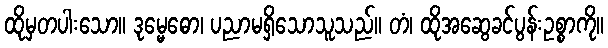
ထိုမှတပါးသော။ ဒုမ္မေဓော၊ ပညာမရှိသောသူသည်။ တံ၊ ထိုအဆွေခင်ပွန်းဥစ္စာကို။